Civil Veterinary Dept. North-West Frontier Province 1901-22 - 1901-1922
Year: 1901
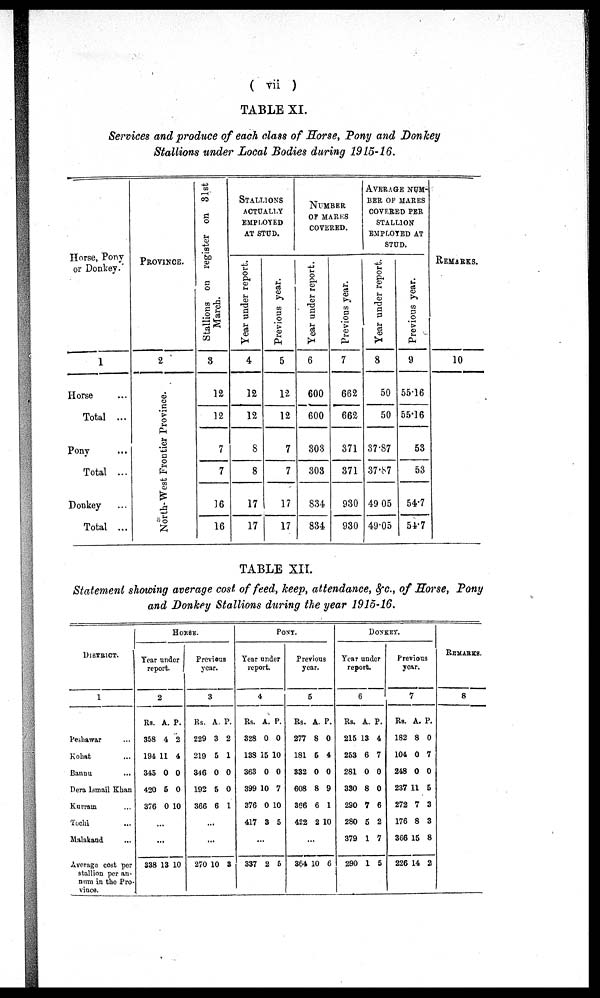
( vii )
TABLE XI.
Services and produce of each class of Horse, Pony and Donkey
Stallions under Local Bodies during 1915-16.
Horse, Pony
or Donkey.
1
Horse ...
Total ...
Pony ...
Total ...
Donkey ...
Total ...
PROVINCE.
2
North-West Frontier Province.
Stallions on register on 31st
March.
3
12
12
7
7
16
16
STALLIONS
ACTUALLY
EMPLOYED
AT STUD.
Year under report.
4
12
12
8
8
17
Previous year.
5
12
12
7
7
17
17
NUMBER
OF MARKS
COVERED.
Year under report.
6
600
600
303
303
834
834
Previous year.
7
662
662
371
371
930
930
AVERAGE
NUM-
--- OF MARES
COVERED PER
STALLION
EMPLOYED AT
STUD.
Year under report.
8
50
50
37.87
37.87
49 05
49.05
Previous year.
9
55.16
55.16
53
53
54.7
54.7
REMARKS.
10
TABLE XII.
Statement showing average cost of feed, keep, attendance, &c., of Horse, Pony
and Donkey Stallions during the year 1915-16.
DISTRICT.
1
Peshawar ...
Kohat ...
Banuu ...
Dera Ismail Khan
Kurram ...
Tochi ...
Malakand ...
Average cost per
stallion per an-
num in the Pro-
vince.
HORSE..
Year under
report.
2
Rs.
358
194
345
420
376
A.
4
11
0
5
0
P.
2
4
0
0
10
...
...
338 13 10
Previous
year.
3
Rs.
229
219
346
192
366
A.
3
5
0
5
6
P.
2
1
0
0
1
...
...
270 10 3
PONY.
Year under
report.
4
Rs.
328
138
363
399
376
417
A.
0
15
0
10
0
3
P.
0
10
0
7
10
5
...
337 2 6
Previous
year.
5
Rs.
277
181
332
608
366
422
A.
8
5
0
8
6
2
P.
0
4
0
9
1
10
...
364 10 6
DONCKEY.
Year under
report.
6
Rs.
215
253
281
330
290
280
379
290
A.
13
6
0
8
7
5
1
1
P.
4
7
0
0
6
2
7
5
Previous
year.
7
Rs.
182
104
248
237
272
176
366
226
A.
8
0
0
11
7
8
15
14
P.
0
7
0
5
3
3
8
2
REMARKS.
8